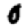
Digit: 0